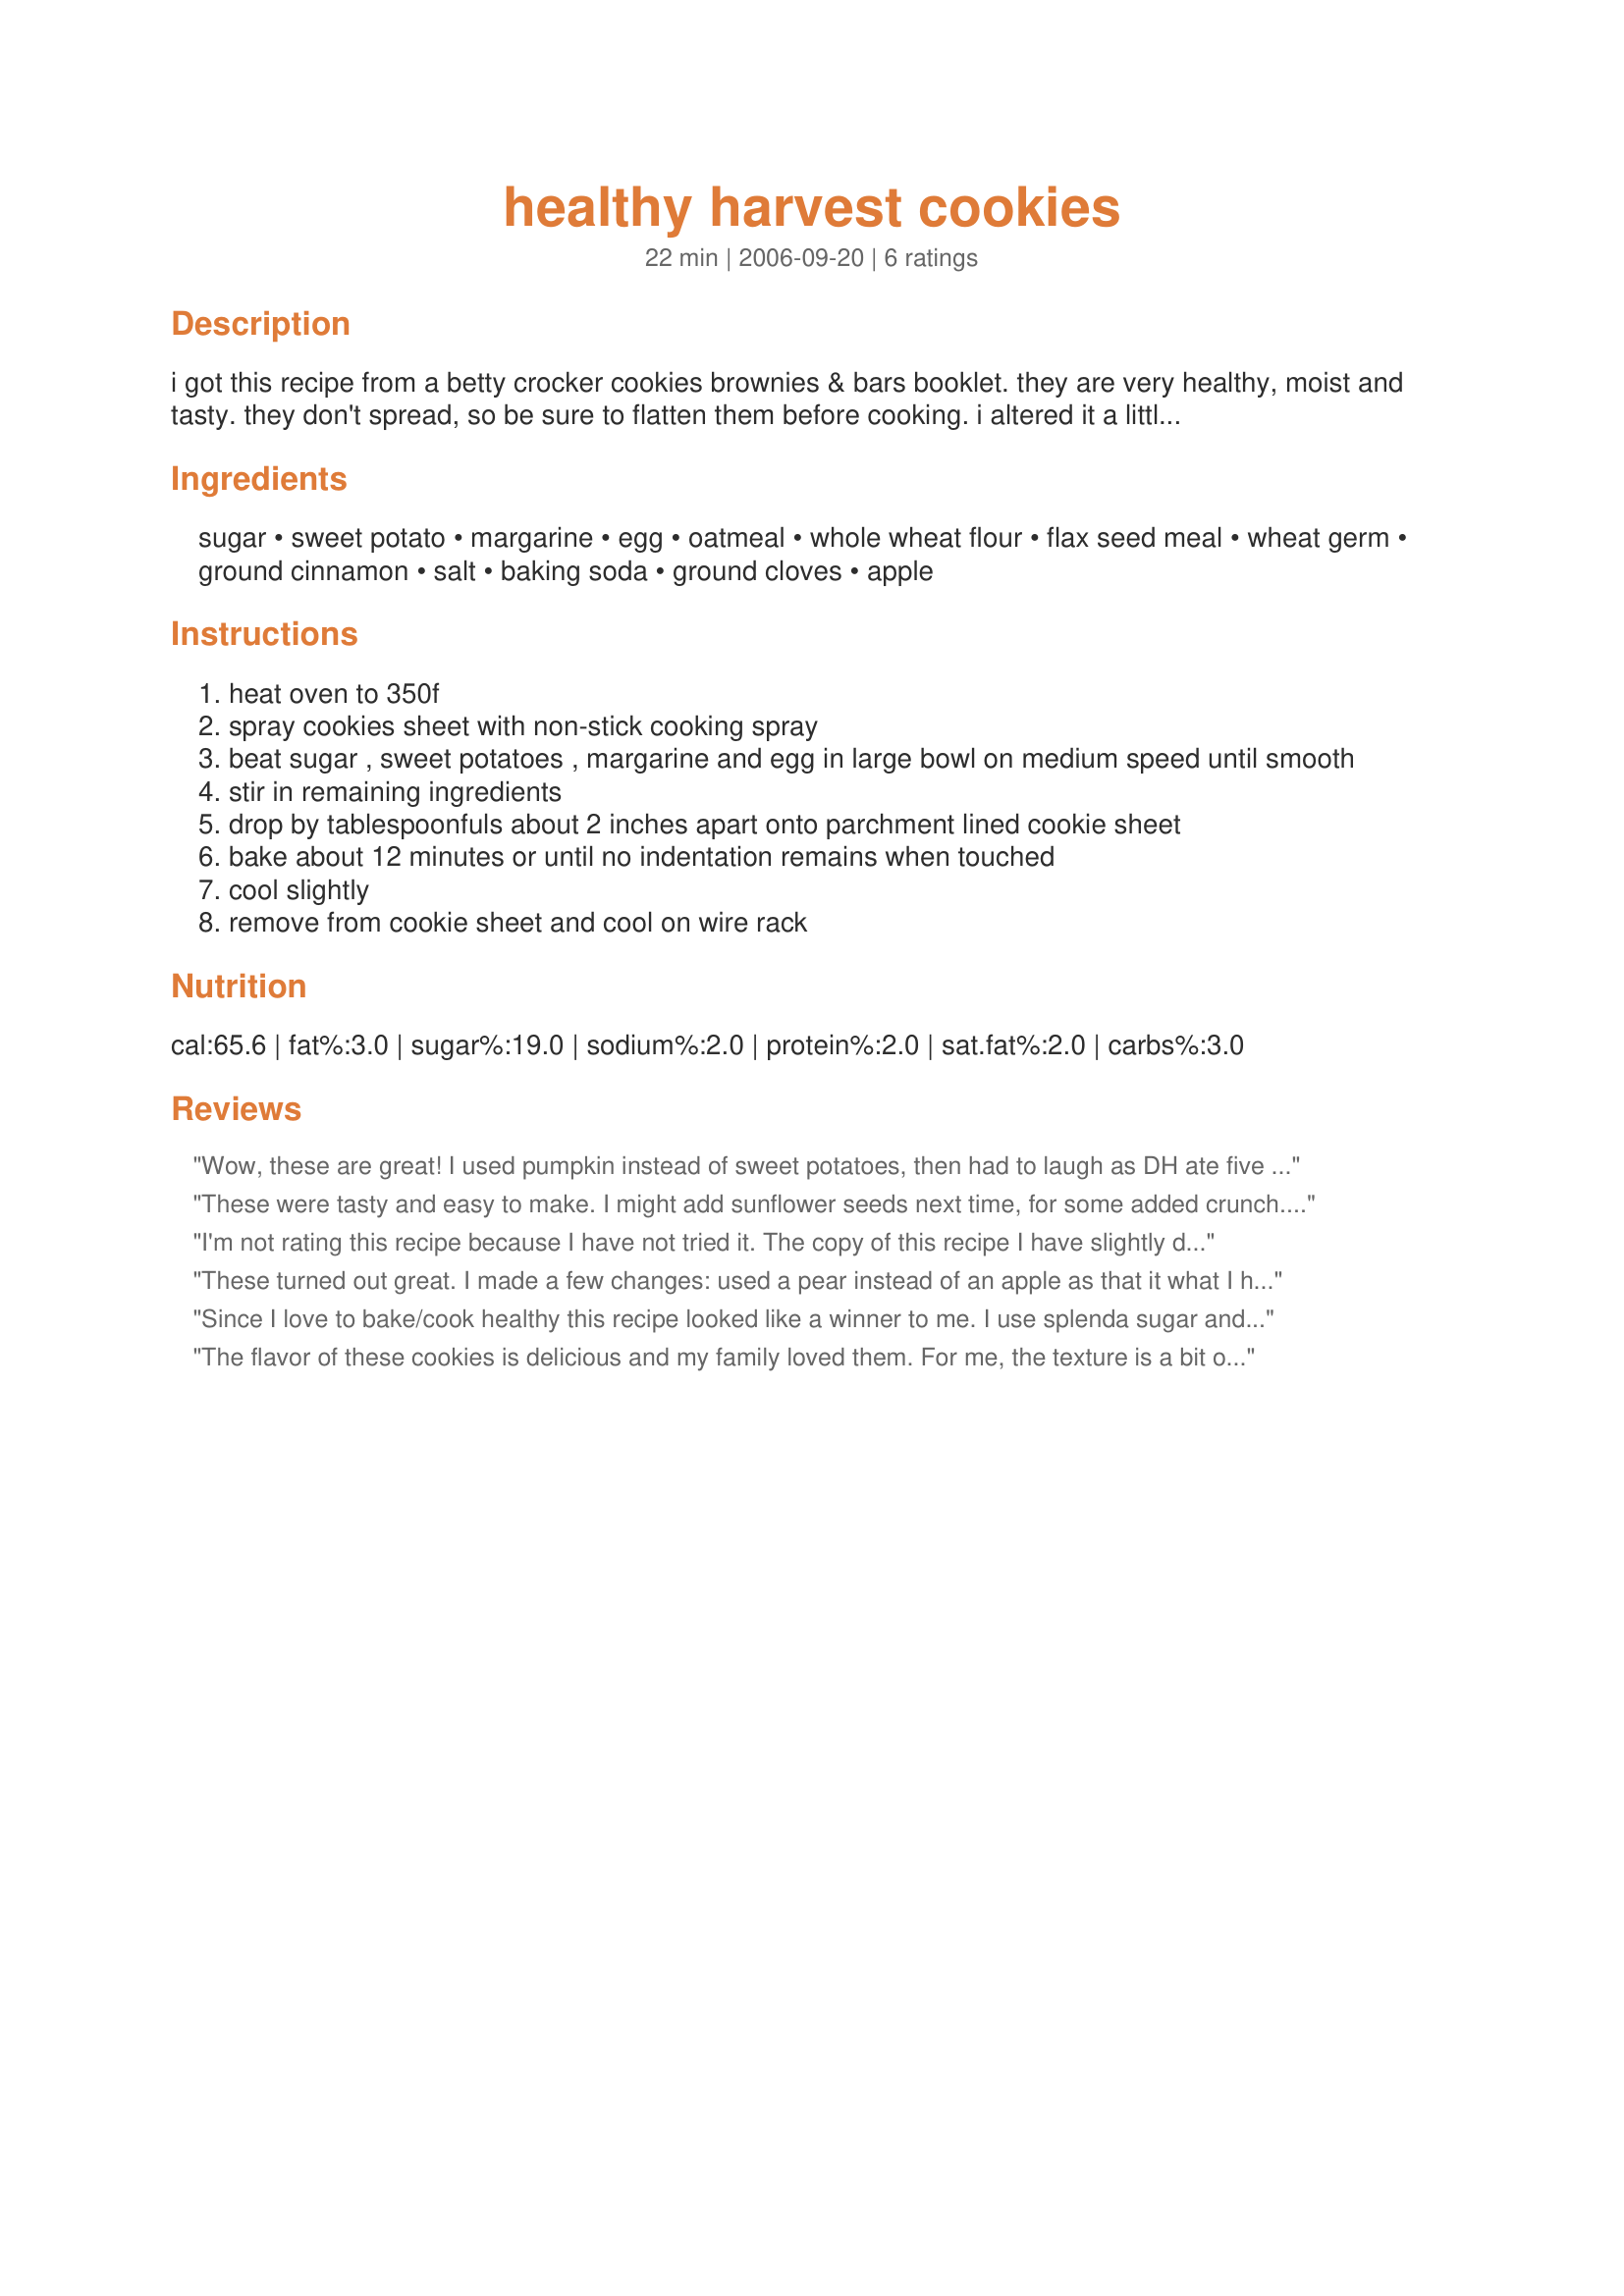
healthy harvest cookies
Preparation time: 22 minutes

i got this recipe from a betty crocker cookies brownies & bars booklet. they are very healthy, moist and tasty. they don't spread, so be sure to flatten them before cooking. i altered it a little bit.

Ingredients:
sugar, sweet potato, margarine, egg, oatmeal, whole wheat flour, flax seed meal, wheat germ, ground cinnamon, salt, baking soda, ground cloves, apple

Steps:
heat oven to 350f
spray cookies sheet with non-stick cooking spray
beat sugar , sweet potatoes , margarine and egg in large bowl on medium speed until smooth
stir in remaining ingredients
drop by tablespoonfuls about 2 inches apart onto parchment lined cookie sheet
bake about 12 minutes or until no indentation remains when touched
cool slightly
remove from cookie sheet and cool on wire rack

Reviews:
Wow, these are great! I used pumpkin instead of sweet potatoes, then had to laugh as DH ate five cookies in a row--he swears he hates pumpkin LOL! I also cut the sugar back to 3/4 c, and used Smart Balance for the margarine. This one is definitely a keeper!!!
These were tasty and easy to make. I might add sunflower seeds next time, for some added crunch. I didn't flatten them much before baking, because I like "drop" type cookies. I think craisins instead of apple might be an alternative, also. I will make them again! Thanks for posting. (p.s., I used Splenda and adjusted cooking time.)
I'm not rating this recipe because I have not tried it. The copy of this recipe I have slightly different. The copy I have does not call for flax seed meal or wheat germ. Overall this recipe sounds good. I hope to try it soon. Thanks for posting this recipe! Christine (internetnut)
These turned out great. I made a few changes: used a pear instead of an apple as that it what I had, left out the flax meal since we did not have it and I totally forgot to put in the margarine (found it the next day in the microwave). Despite these changes, the cookies turned out great. They are yummy fall cookies and are fairly healthy as well. Thanks for posting, would make again.
Since I love to bake/cook healthy this recipe looked like a winner to me. I use splenda sugar and smart balance margarine as well. This is a great way to use up you left over holiday sweet potatoes!
The flavor of these cookies is delicious and my family loved them. For me, the texture is a bit on the heavy side, so I made try adding just a bit of baking powder next time, see if that lightens them up at all. But the flavor is really, really good.
